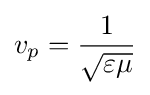
v_{p}={\frac {1}{\sqrt {\varepsilon \mu }}}